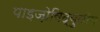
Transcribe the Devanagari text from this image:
पाइज़ोविद्युतीय